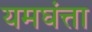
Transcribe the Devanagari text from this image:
यमघंत्ता